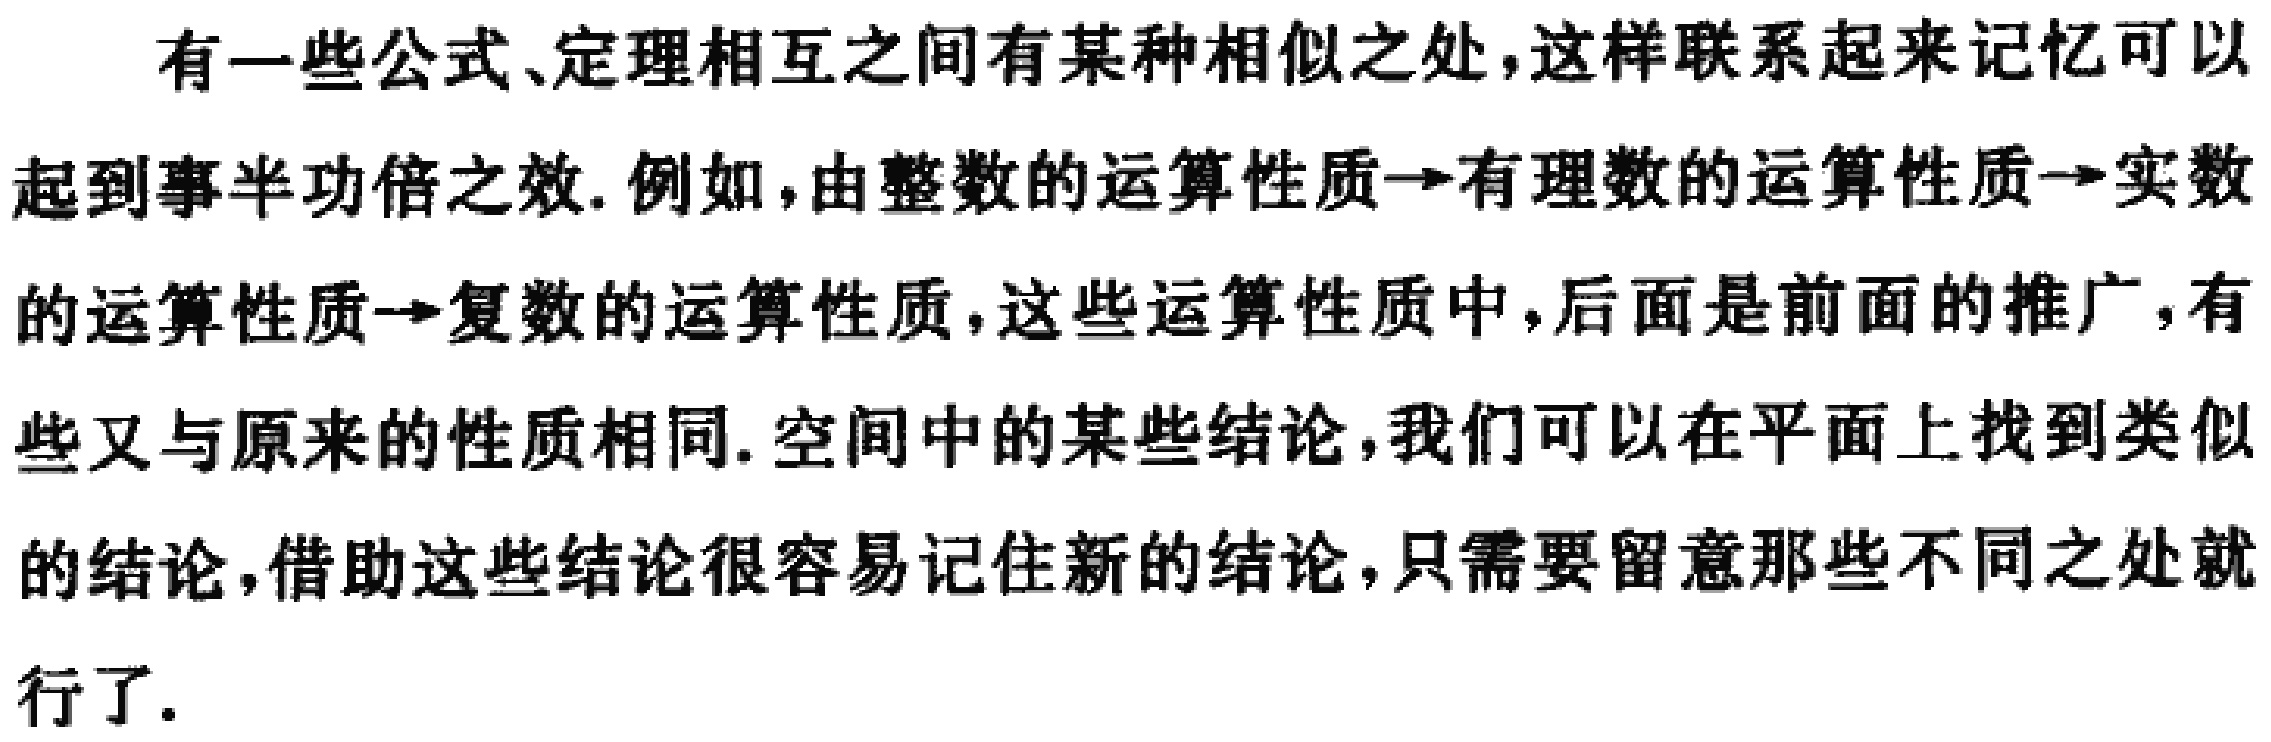
有一些公式、定理相互之间有某种相似之处，这样联系起来记忆可以起到事半功倍之效. 例如，由整数的运算性质→有理数的运算性质→实数的运算性质→复数的运算性质，这些运算性质中，后面是前面的推广，有些又与原来的性质相同. 空间中的某些结论，我们可以在平面上找到类似的结论，借助这些结论很容易记住新的结论，只需要留意那些不同之处就行了.